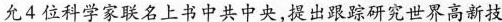
允4位科学家联名上书中共中央，提出跟踪研究世界高新技